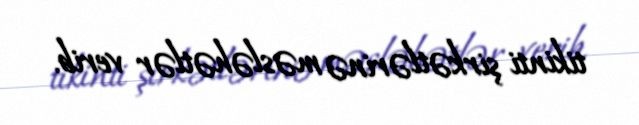
tikinti şirkətlərinə məsləhətlər verib.